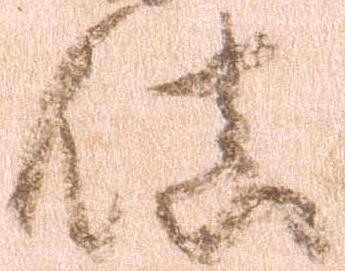
鎮